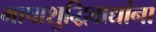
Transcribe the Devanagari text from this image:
भाषाशुद्धिवाद्यांना